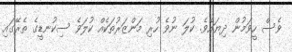
ވެސް ހީވަމުން ދިޔައެވެ. ކުލަ ނުވެ ހުރި މަންޒަރުތަކެއް ކުލަވެ ސިކުނޑީގެ ތެރޭގައި